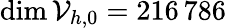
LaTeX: \dim\mathcal{V}_{h,0}=216{\, }786